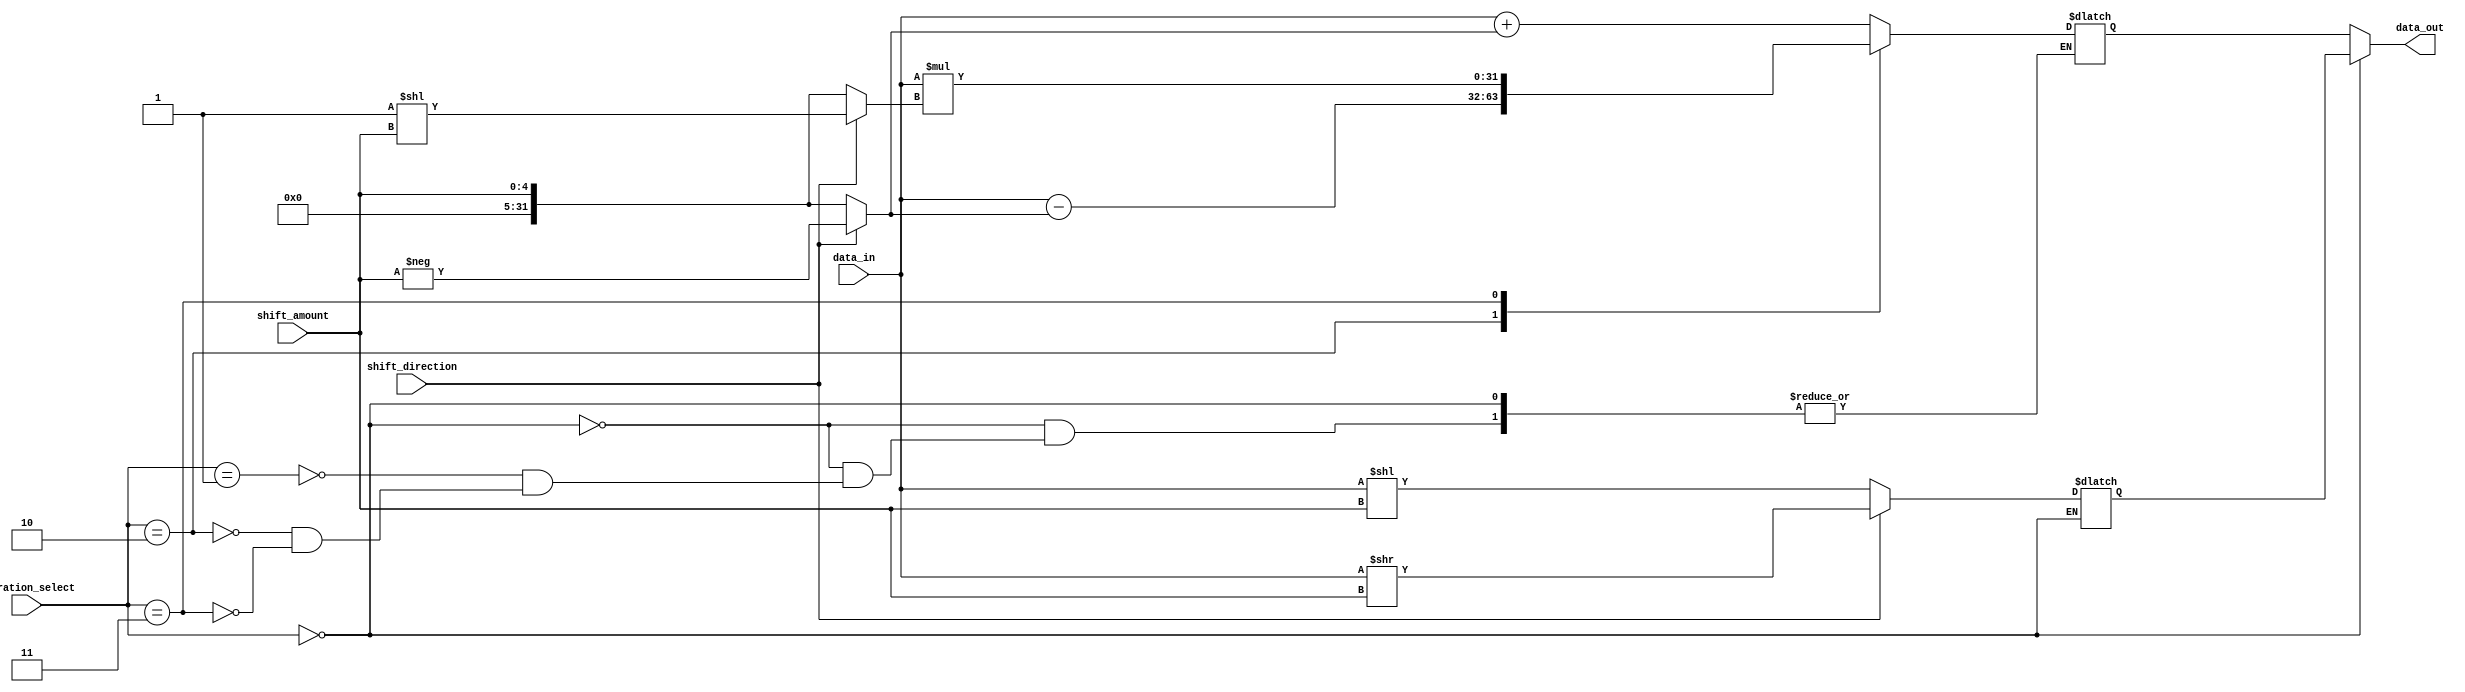
module hybrid_barrel_shifter (
    input [31:0] data_in,
    input [4:0] shift_amount,
    input shift_direction, // 0: left shift, 1: right shift
    input [1:0] operation_select, // 00: barrel shift, 01: arithmetic shift-add, 10: arithmetic shift-sub, 11: arithmetic shift-mul/div
    output reg [31:0] data_out
);

reg [31:0] barrel_shift_out;
reg [31:0] arithmetic_shift_out;

always @ (data_in or shift_amount or shift_direction or operation_select) begin
    // Barrel shifter
    if(operation_select == 2'b00) begin
        if(shift_direction == 0) // Left shift
            barrel_shift_out = data_in << shift_amount;
        else // Right shift
            barrel_shift_out = data_in >> shift_amount;
    end
    // Arithmetic shifter
    else begin
        case(operation_select)
            2'b01: arithmetic_shift_out = data_in + (shift_direction == 0 ? shift_amount : -shift_amount);
            2'b10: arithmetic_shift_out = data_in - (shift_direction == 0 ? shift_amount : -shift_amount);
            2'b11: arithmetic_shift_out = data_in * (shift_direction == 0 ? shift_amount : (1 << shift_amount));
        endcase
    end
end

always @ (operation_select) begin
    // Multiplexers
    case(operation_select)
        2'b00: data_out = barrel_shift_out;
        default: data_out = arithmetic_shift_out;
    endcase
end

endmodule